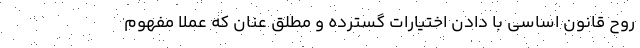
روح قانون اساسی با دادن اختیارات گسترده و مطلق عنان که عملا مفهوم